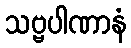
သဗ္ဗပါဏာနံ